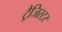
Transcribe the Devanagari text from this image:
ट्रैजिस्टर